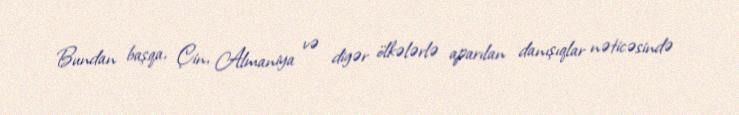
Bundan başqa, Çin, Almaniya və digər ölkələrlə aparılan danışıqlar nəticəsində